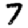
Digit: 7